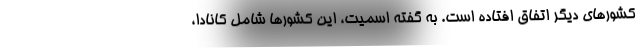
کشورهای دیگر اتفاق افتاده است. به گفته اسمیت، این کشورها شامل کانادا،